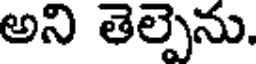
అని తెల్పెను.